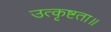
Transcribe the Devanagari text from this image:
उत्कृष्टता॥